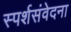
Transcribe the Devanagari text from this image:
स्पर्शसंवेदना